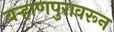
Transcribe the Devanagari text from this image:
बऱ्हाणपुरावरून